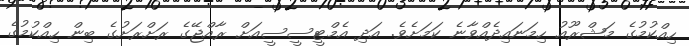
ހިއްކުމުގެ މަޝްރޫއު ހިމަނައިދެއްވާނެ ކަމަށެވެ. އަދި އެމްޓީސީސީއަށް ރާއްޖޭގެ ރަށްރަށުގެ ބިން ހިއްކުމުގެ